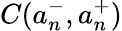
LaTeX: C(a_{n}^{-},a_{n}^{+})